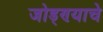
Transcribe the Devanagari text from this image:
जोड्ण्याचे